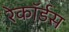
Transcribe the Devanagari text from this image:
रेकॉर्डस